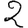
Digit: 2